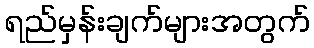
ရည်မှန်းချက်များအတွက်